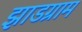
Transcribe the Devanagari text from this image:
झाडग्राम